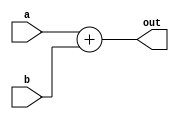
// This program was cloned from: https://github.com/Chair-for-Security-Engineering/fhewsyn
// License: BSD 3-Clause "New" or "Revised" License

// Copyright 2021 Google LLC
//
// Licensed under the Apache License, Version 2.0 (the "License");
// you may not use this file except in compliance with the License.
// You may obtain a copy of the License at
//
//      http://www.apache.org/licenses/LICENSE-2.0
//
// Unless required by applicable law or agreed to in writing, software
// distributed under the License is distributed on an "AS IS" BASIS,
// WITHOUT WARRANTIES OR CONDITIONS OF ANY KIND, either express or implied.
// See the License for the specific language governing permissions and
// limitations under the License.
module simple_sum(
  input wire [31:0] a,
  input wire [31:0] b,
  output wire [31:0] out
);
  wire [31:0] add_6;
  assign add_6 = a + b;
  assign out = add_6;
endmodule